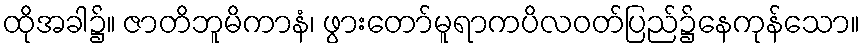
ထိုအခါ၌။ ဇာတိဘူမိကာနံ၊ ဖွားတော်မူရာကပိလဝတ်ပြည်၌နေကုန်သော။